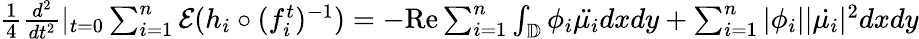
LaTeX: \begin{array}{r}{\frac{1}{4}\frac{d^{2}}{dt^{2}}|_{t=0}\sum_{i=1}^{n}\mathcal{E}(h_{i}\circ(f_{i}^{t})^{-1})=-\textrm{Re}\sum_{i=1}^{n}\int_{\mathbb{D}}\phi_{i}\ddot{\mu_{i}}dxdy+\sum_{i=1}^{n}|\phi_{i}||\dot{\mu_{i}}|^{2}dxdy}\end{array}